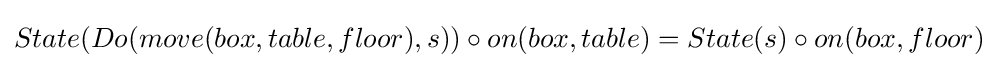
State(Do(move(box,table,floor),s))\circ on(box,table)=State(s)\circ on(box,floor)